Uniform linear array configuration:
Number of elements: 16
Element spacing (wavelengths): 0.5
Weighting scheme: blackman
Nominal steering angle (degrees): -60
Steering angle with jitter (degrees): -60.639
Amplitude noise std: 0.05
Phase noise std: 0.05

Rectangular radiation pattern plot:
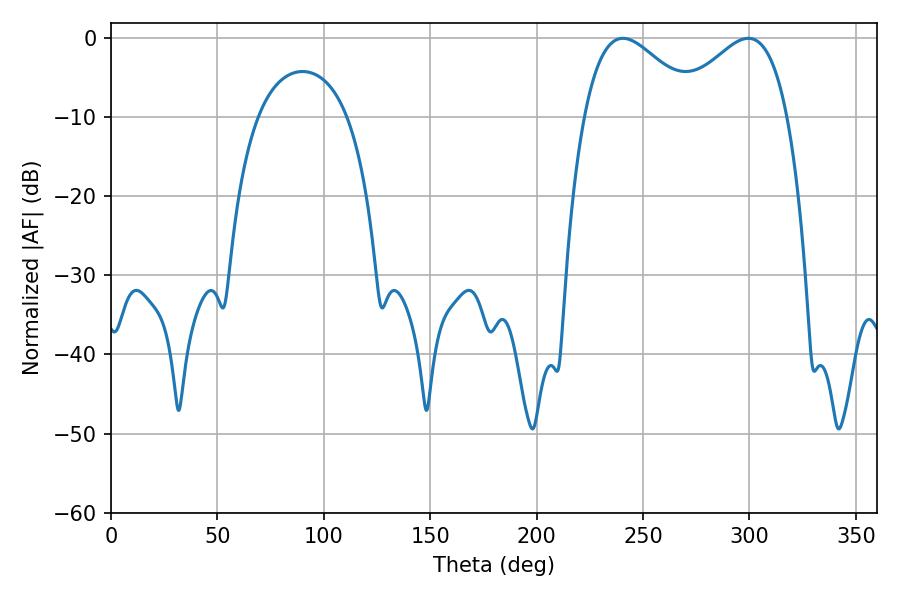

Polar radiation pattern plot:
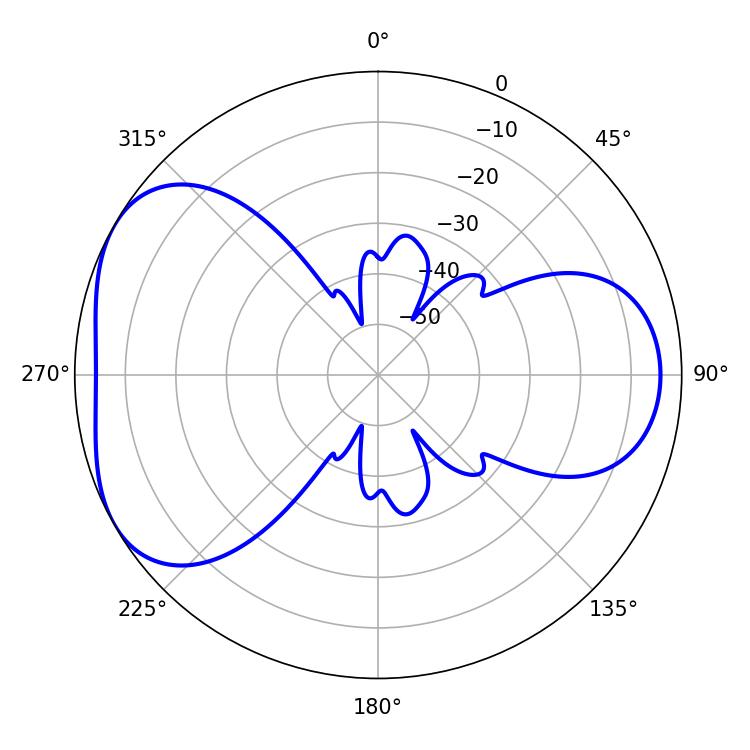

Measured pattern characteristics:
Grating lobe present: FALSE
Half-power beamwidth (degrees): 29.16
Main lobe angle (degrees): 240.48